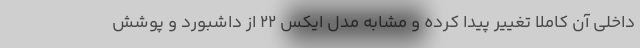
داخلی آن کاملا تغییر پیدا کرده و مشابه مدل ایکس 22 از داشبورد و پوشش